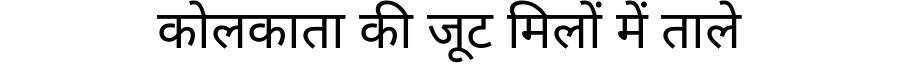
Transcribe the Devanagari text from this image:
कोलकाता की जूट मिलों में ताले